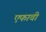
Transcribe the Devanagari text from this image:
एफावी